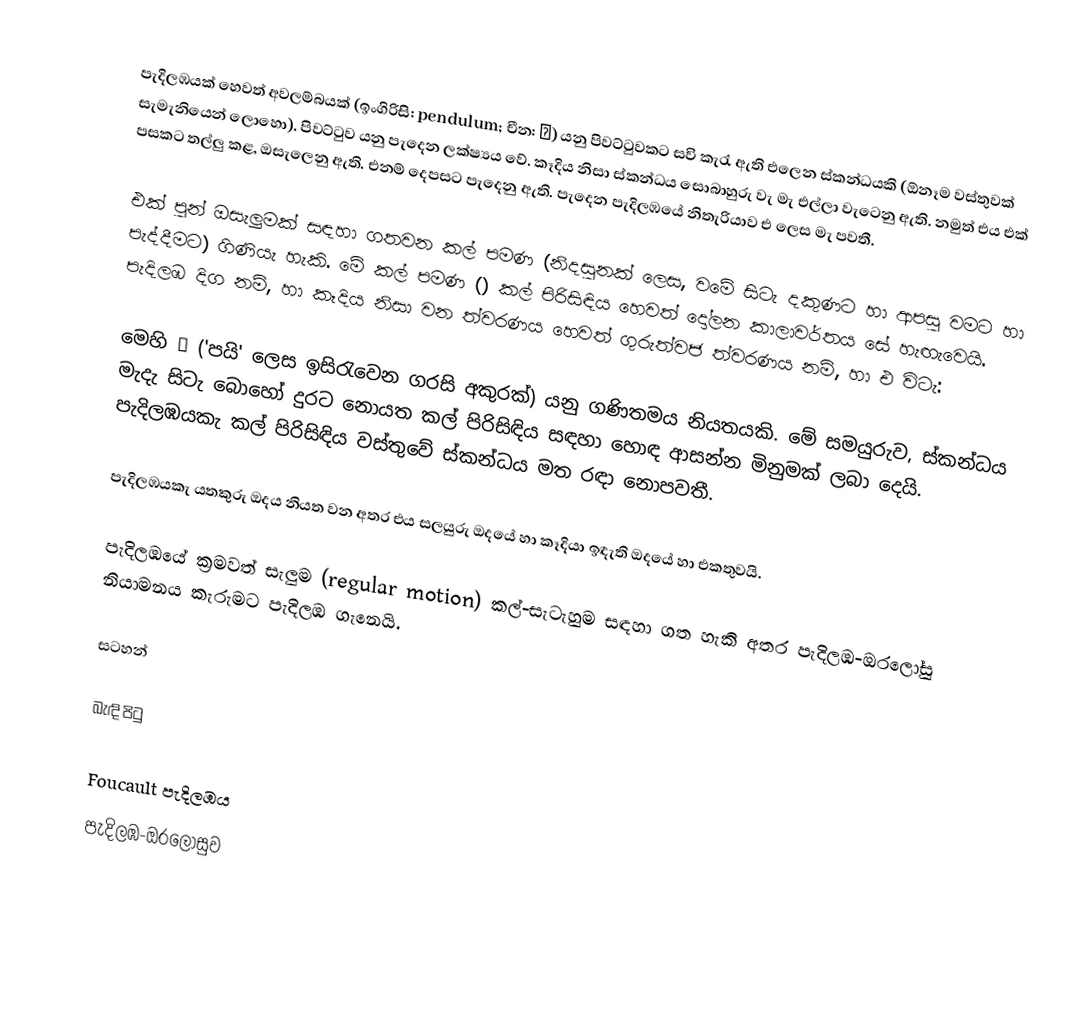
පැදිලඹයක් හෙවත් අවලම්බයක් (ඉංගිරිසි: pendulum; චීන: 擺) යනු පිවට්ටුවකට සවි කැරැ ඇති එලෙන ස්කන්ධයකි (ඕනෑම වස්තුවක් සැමැනියෙන් ලොහො). පිවට්ටුව යනු පැදෙන ලක්ෂ්‍යය වේ. කෑදිය නිසා ස්කන්ධය සොබාහුරු වැ මැ එල්ලා වැටෙනු ඇති. නමුත් එය එක් පසකට තල්ලු කළ, ඔසැලෙනු ඇති. එනම් දෙපසට පැදෙනු ඇති. පැදෙන පැදිලඹයේ නිතැරියාව එ ලෙස මැ පවතී.

එක් පුන් ඔසැලුමක් සඳහා ගතවන කල් පමණ (නිදසුනක් ලෙස, වමේ සිටැ දකුණට හා ආපසු වමට හා පැද්දීමට) ගිණියැ හැකි. මේ කල් පමණ () කල් පිරිසිඳිය හෙවත් දෝලන කාලාවර්තය සේ හැඟැවෙයි. පැදිලඹ දිග  නම්, හා කෑදිය නිසා වන ත්වරණය හෙවත් ගුරුත්වජ ත්වරණය  නම්, හා එ විටැ:

මෙහි π ('පයි' ලෙස ඉසිරැවෙන ගරසි අකුරක්) යනු ගණිතමය නියතයකි. මේ සමයුරුව, ස්කන්ධය මැදැ සිටැ බොහෝ දුරට නොයත කල් පිරිසිඳිය සඳහා හොඳ ආසන්න මිනුමක් ලබා දෙයි. පැදිලඹයකැ කල් පිරිසිඳිය වස්තුවේ ස්කන්ධය මත රඳා නොපවතී.

පැදිලඹයකැ යතකුරු ඔදය නියත වන අතර එය සලයුරු ඔදයේ හා කෑදියා ඉඳැති ඔදයේ හා එකතුවයි.

පැදිලඹයේ ක්‍රමවත් සැලුම (regular motion) කල්-සැටැහුම සඳහා ගත හැකි අතර පැදිලඹ-ඔරලෝසු නියාමනය කැරුමට පැදිලඹ ගැනෙයි.

සටහන්

බැඳි පිටු

 Foucault පැදිලඹය
 පැදිලඹ-ඔරලෝසුව